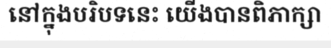
នៅក្នុងបរិបទនេះ យើងបានពិភាក្សា